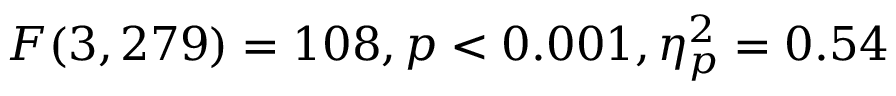
F ( 3 , 2 7 9 ) = 1 0 8 , p < 0 . 0 0 1 , \eta _ { p } ^ { 2 } = 0 . 5 4